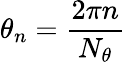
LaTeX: \theta_{n}=\frac{2\pi n}{N_{\theta}}